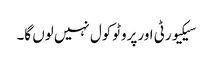
سیکیورٹی اور پروٹوکول نہیں لوں گا۔